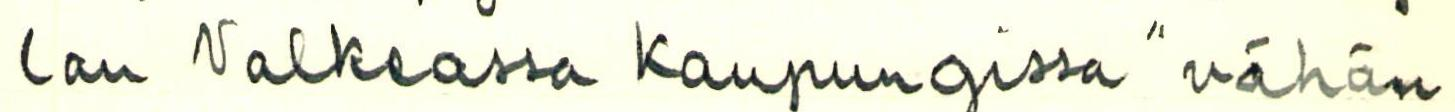
lan Valkeassa Kaupungissa " vähän